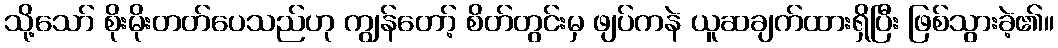
သို့သော် စိုးမိုးတတ်ပေသည်ဟု ကျွန်တော့် စိတ်တွင်းမှ ဖျပ်ကနဲ ယူဆချက်ထားရှိပြီး ဖြစ်သွားခဲ့၏။